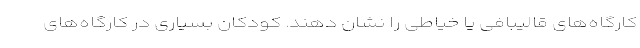
کارگاه‌های قالیبافی یا خیاطی را نشان دهند. کودکان بسیاری در کارگاه‌های